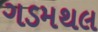
ગડમથલ